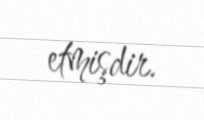
etmişdir.